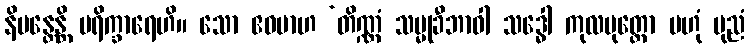
နိမန္တေန္တိ ပရိက္ခာရေဟိ။ သော ဧဝမာဟ ‘တိဏ္ဏံ သမ္မုခီဘာဝါ သဒ္ဓေါ ကုလပုတ္တော ဗဟုံ ပုညံ